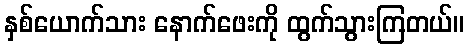
နှစ်ယောက်သား နောက်ဖေးကို ထွက်သွားကြတယ်။